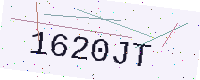
Text: 1620JT